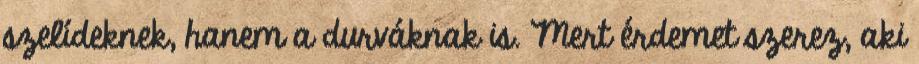
szelídeknek, hanem a durváknak is. Mert érdemet szerez, aki